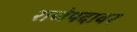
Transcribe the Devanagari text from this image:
राजेपदावर